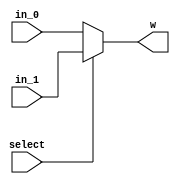
// Spring 2017, Computer Architecture

module multiplexer_2 (select , in_0 , in_1 , w);
	input select ;
	input [15:0] in_0 , in_1 ;
	output [15:0] w ;
	assign w = (select) ? in_1 : in_0 ;
endmodule